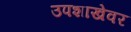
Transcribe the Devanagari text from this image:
उपशाखेवर